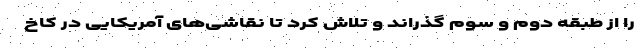
را از طبقه دوم و سوم گذراند و تلاش کرد تا نقاشی‌های آمریکایی در کاخ